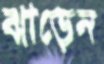
ঝাড়েন